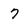
Character: 7